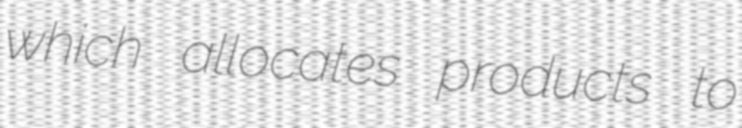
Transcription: which allocates products to